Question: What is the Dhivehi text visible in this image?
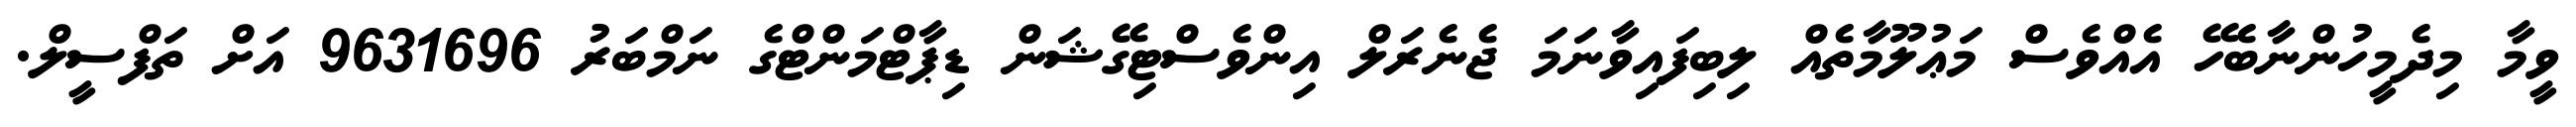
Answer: ވީމާ މިދެމީހުންނާބެހޭ އެއްވެސް މަޢުލޫމާތެއް ލިބިފައިވާނަމަ ޖެނެރަލް އިންވެސްޓިގޭޝަން ޑިޕާޓްމަންޓްގެ ނަމްބަރު 9631696 އަށް ތަފްސީލް.